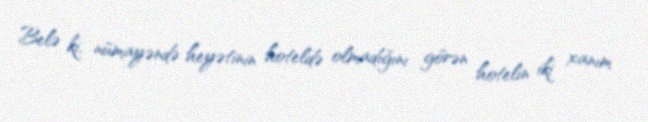
Belə ki, nümayəndə heyətinin hoteldə olmadığını görən hotelin iki xanım